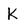
Character: K